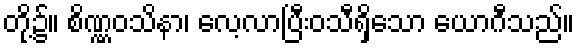
တို့၌။ စိဏ္ဏဝသိနာ၊ လေ့လာပြီးဝသီရှိသော ယောဂီသည်။